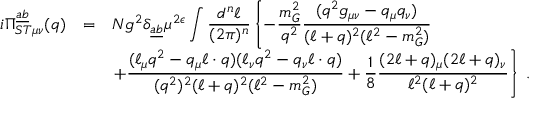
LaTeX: \begin{array} { r c l } { { i \Pi _ { S T \mu \nu } ^ { \underline { { { a } } } \underline { { { b } } } } ( q ) } } & { { = } } & { { N g ^ { 2 } \delta _ { \underline { { { a } } } \underline { { { b } } } } \mu ^ { 2 \epsilon } \displaystyle \int \displaystyle \frac { d ^ { n } \ell } { ( 2 \pi ) ^ { n } } \left\{ - \displaystyle \frac { m _ { G } ^ { 2 } } { q ^ { 2 } } \displaystyle \frac { ( q ^ { 2 } g _ { \mu \nu } - q _ { \mu } q _ { \nu } ) } { ( \ell + q ) ^ { 2 } ( \ell ^ { 2 } - m _ { G } ^ { 2 } ) } \right. } } \\ { { } } & { { } } & { { \displaystyle \left. + \frac { ( \ell _ { \mu } q ^ { 2 } - q _ { \mu } \ell \cdot q ) ( \ell _ { \nu } q ^ { 2 } - q _ { \nu } \ell \cdot q ) } { ( q ^ { 2 } ) ^ { 2 } ( \ell + q ) ^ { 2 } ( \ell ^ { 2 } - m _ { G } ^ { 2 } ) } + \frac { 1 } { 8 } \frac { ( 2 \ell + q ) _ { \mu } ( 2 \ell + q ) _ { \nu } } { \ell ^ { 2 } ( \ell + q ) ^ { 2 } } \right\} \; . } } \end{array}